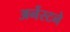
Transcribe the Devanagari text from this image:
अर्नेस्टने